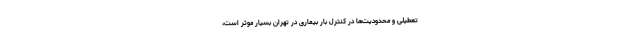
تعطیلی و محدودیت‌ها در کنترل بار بیماری در تهران بسیار موثر است،